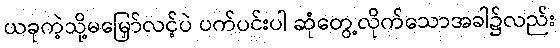
ယခုကဲ့သို့မမြှော်လင့်ပဲ ပက်ပင်းပါ ဆုံတွေ့လိုက်သောအခါ၌လည်း